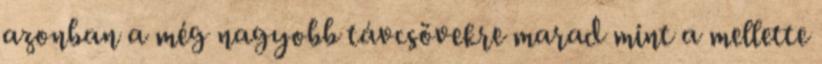
azonban a még nagyobb távcsövekre marad mint a mellette